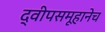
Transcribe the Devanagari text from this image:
द्वीपसमूहानेच